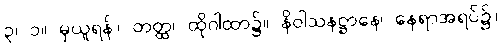
၃၊ ၁။ မှယူရန်။ တတ္ထ၊ ထိုဂါထာ၌။ နိဝါသနဋ္ဌာနေ၊ နေရာအရပ်၌။